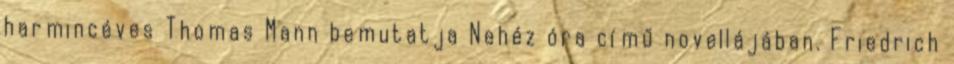
harmincéves Thomas Mann bemutatja Nehéz óra című novellájában. Friedrich